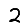
Digit: 2